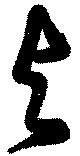
与